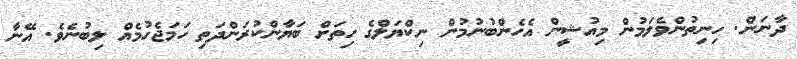
ދާނަން. ހިނިތުންވެލަމުން މިއުޝީން އެހެންބުނުމުން ނިކްޔަލްގެ ހިތަށް ބަޔާންކުރަންދަތި ހަމަޖެހުމެއް ލިބުނެވެ. އޭނާ